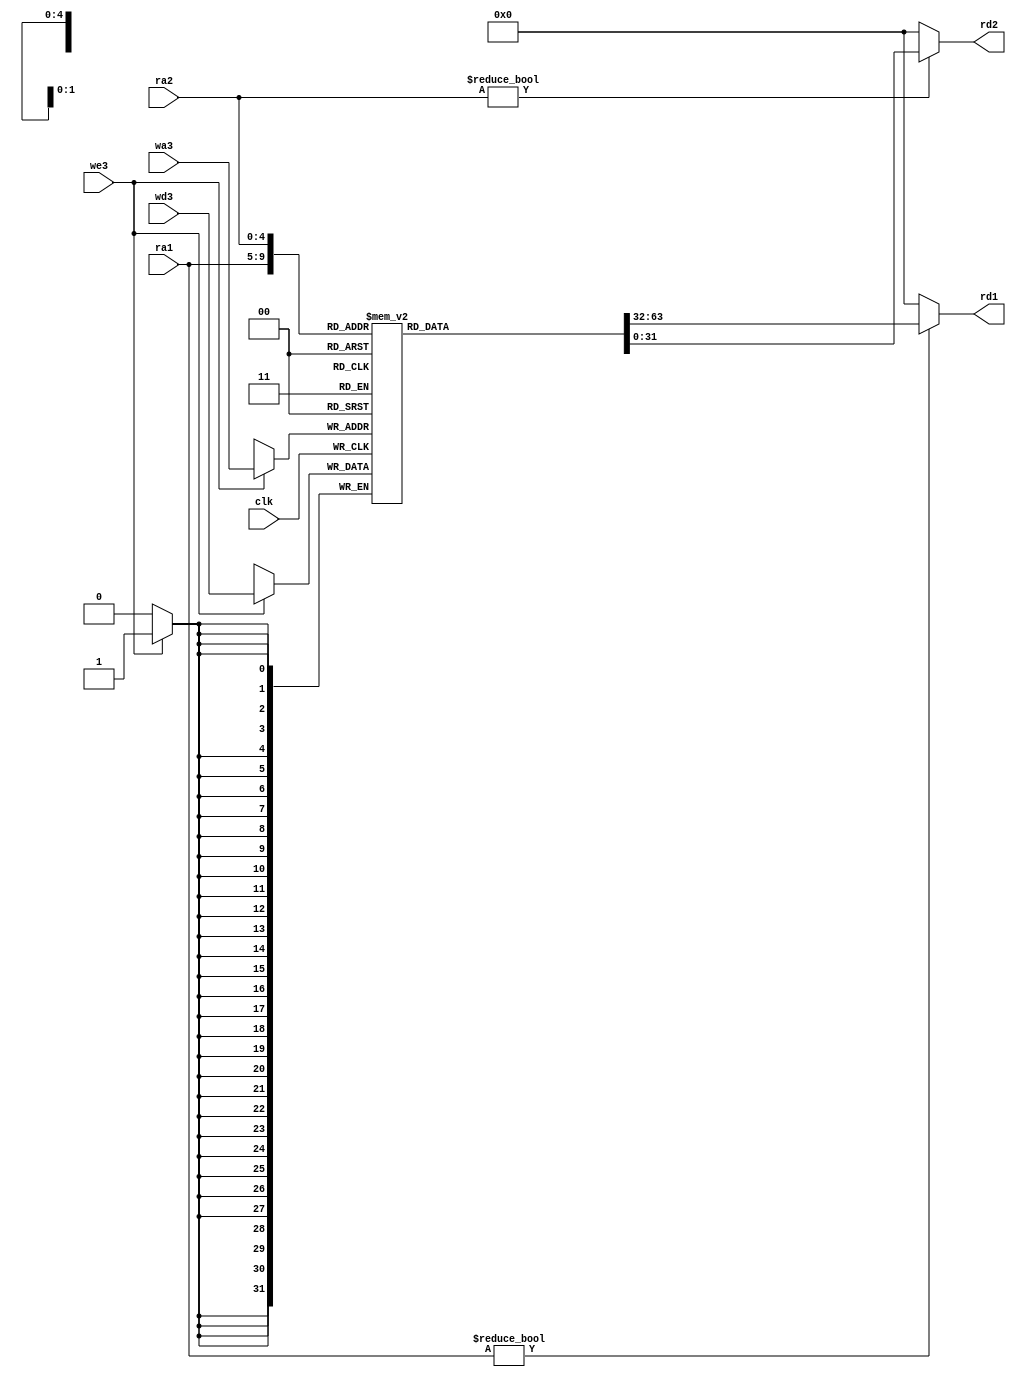
// This program was cloned from: https://github.com/lvyufeng/step_into_mips
// License: MIT License

`timescale 1ns / 1ps
//////////////////////////////////////////////////////////////////////////////////
// Company: 
// Engineer: 
// 
// Design Name: 
// Module Name: regfile
// Project Name: 
// Target Devices: 
// Tool Versions: 
// Description: 
// 
// Dependencies: 
// 
// Revision:
// Revision 0.01 - File Created
// Additional Comments:
// 
//////////////////////////////////////////////////////////////////////////////////


module regfile(
	input wire clk,
	input wire we3,
	input wire[4:0] ra1,ra2,wa3,
	input wire[31:0] wd3,
	output wire[31:0] rd1,rd2
    );

	reg [31:0] rf[31:0];

	always @(negedge clk) begin
		if(we3) begin
			 rf[wa3] <= wd3;
		end
	end

	assign rd1 = (ra1 != 0) ? rf[ra1] : 0;
	assign rd2 = (ra2 != 0) ? rf[ra2] : 0;
endmodule